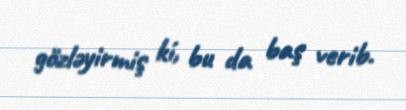
gözləyirmiş ki, bu da baş verib.